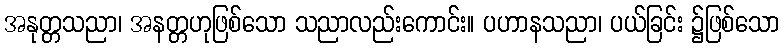
အနုတ္တသညာ၊ အနတ္တဟုဖြစ်သော သညာလည်းကောင်း။ ပဟာနသညာ၊ ပယ်ခြင်း ၌ဖြစ်သော